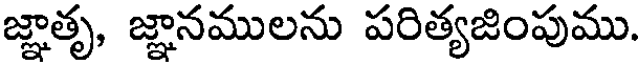
జ్ఞాతృ, జ్ఞానములను పరిత్యజింపుము.